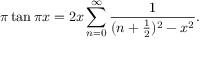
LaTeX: \pi \tan \pi x = 2 x \sum _ { n = 0 } ^ { \infty } { \frac { 1 } { ( n + { \frac { 1 } { 2 } } ) ^ { 2 } - x ^ { 2 } } } .